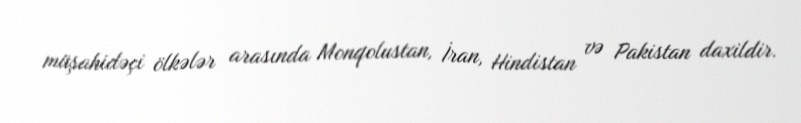
müşahidəçi ölkələr arasında Monqolustan, İran, Hindistan və Pakistan daxildir.